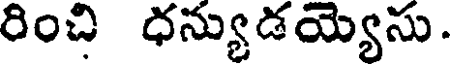
రించి ధన్యుడయ్యసు.